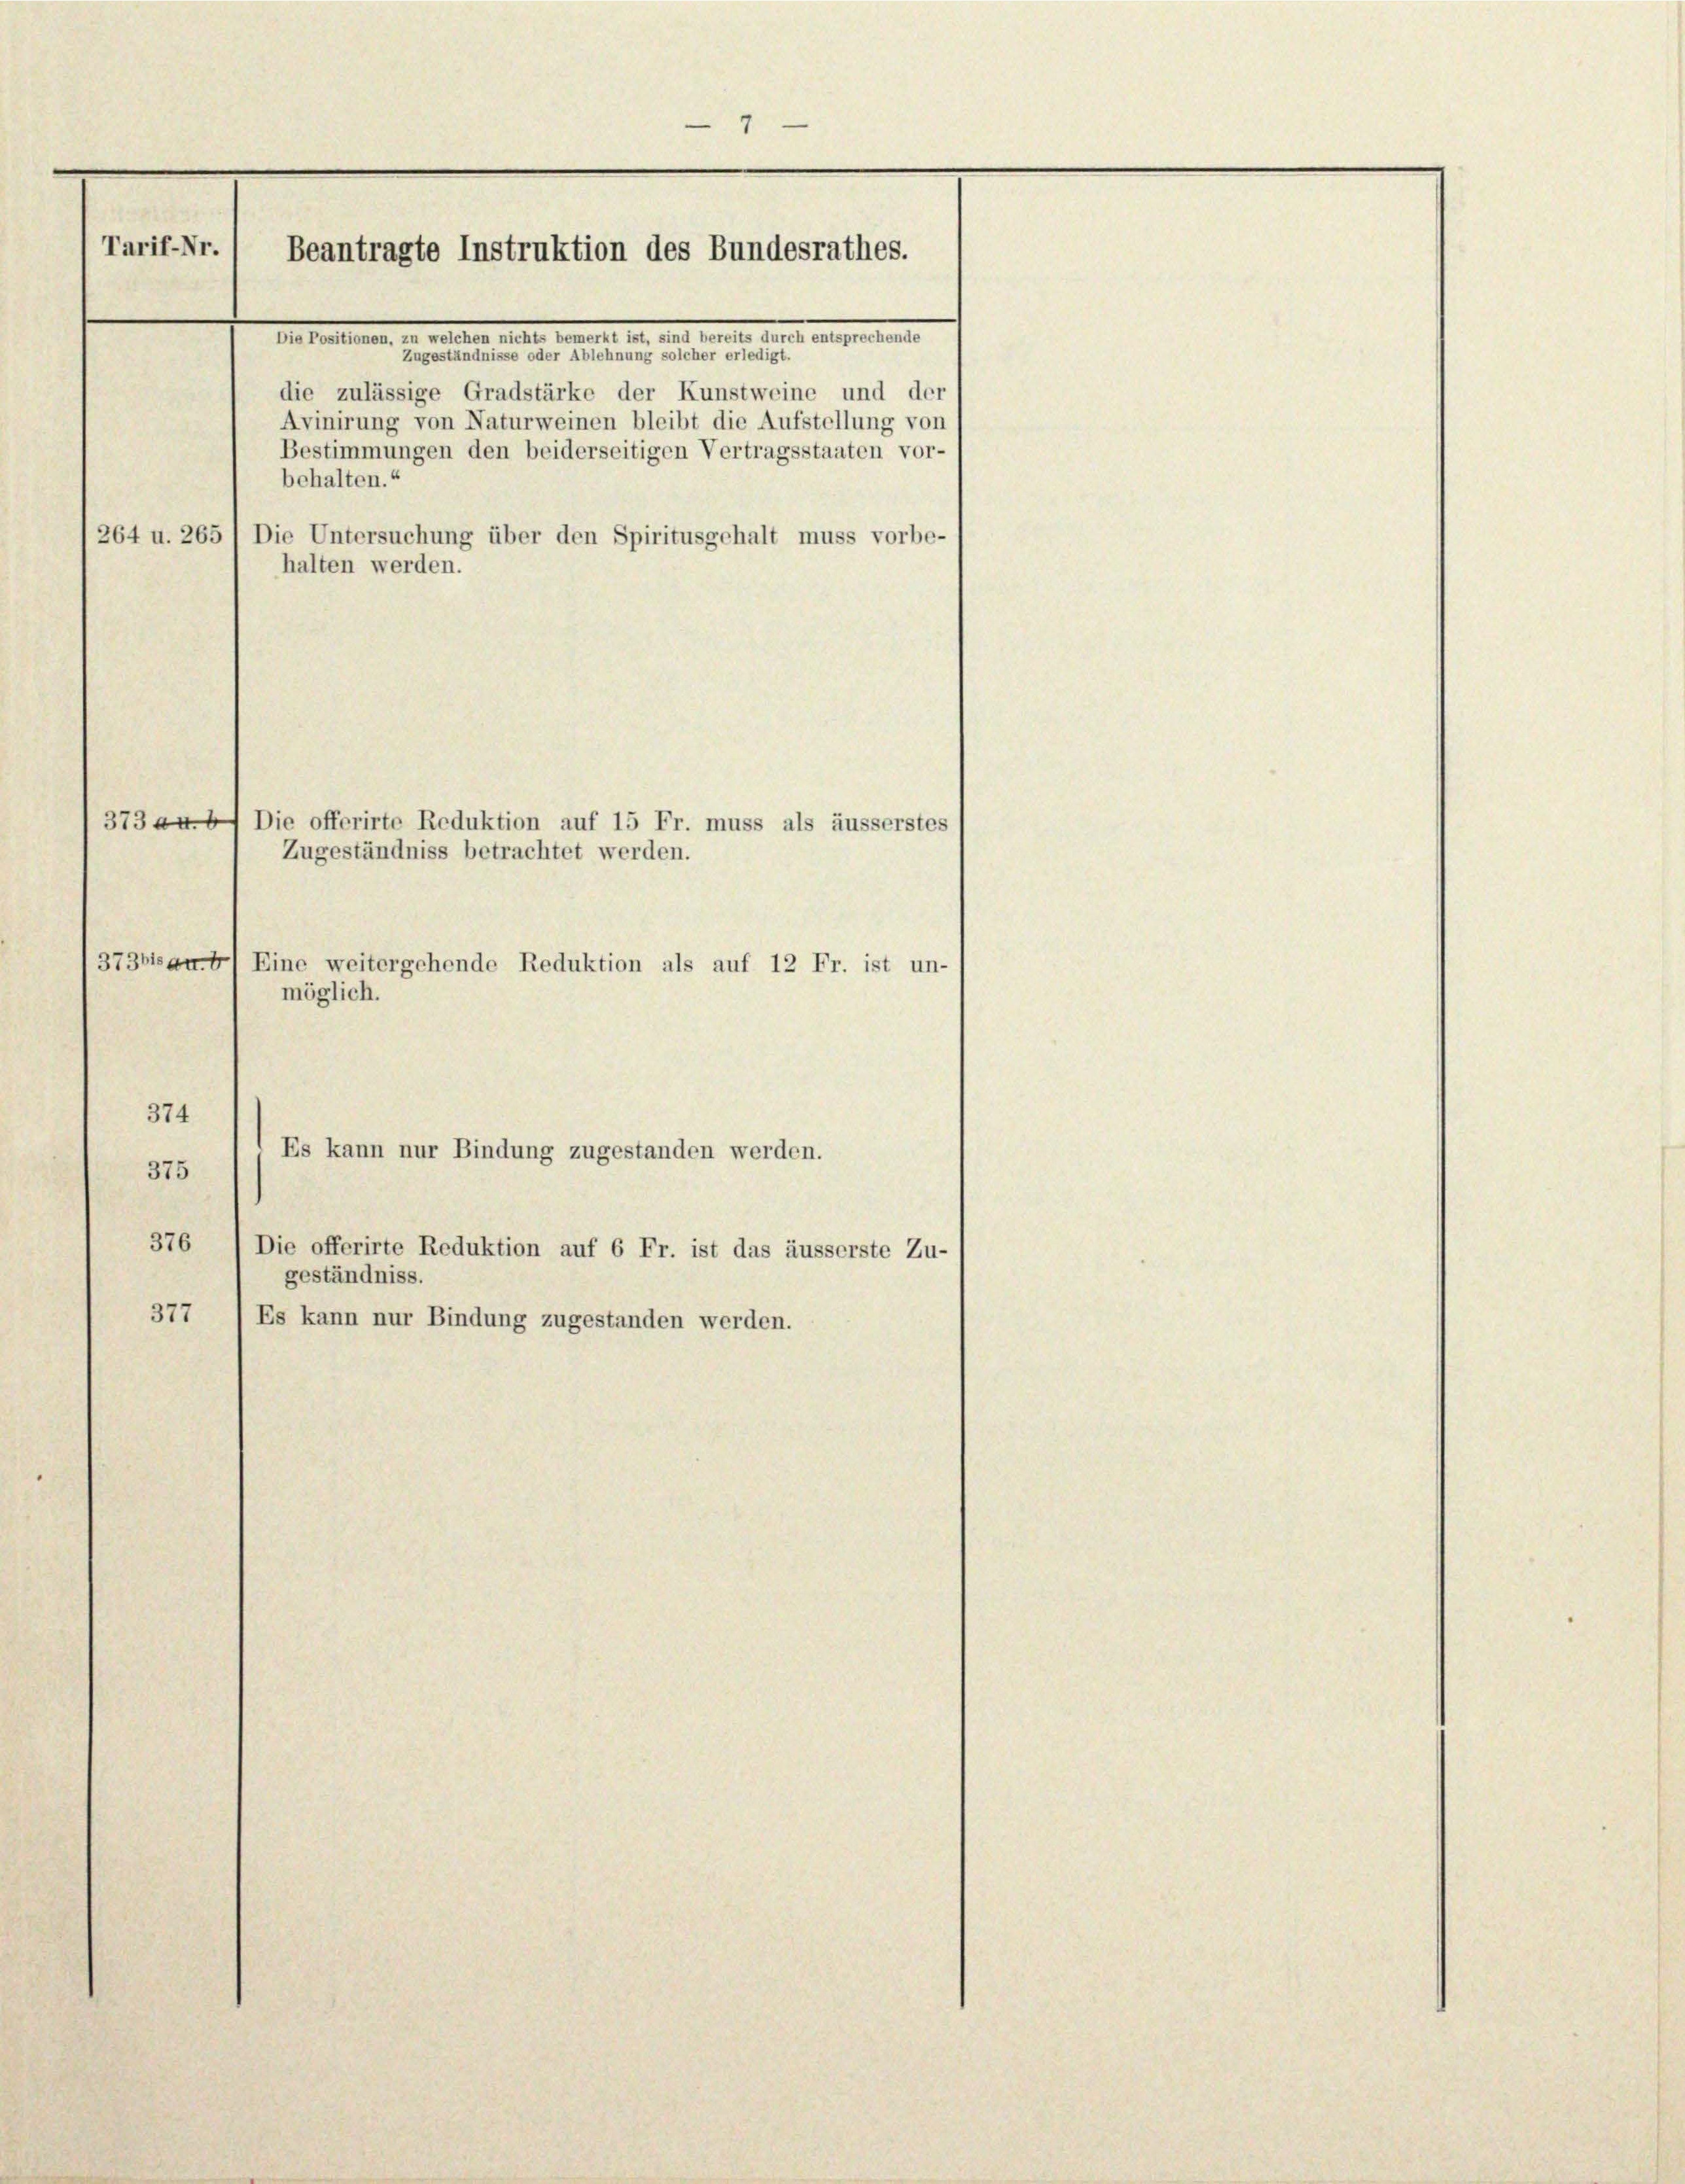
9
Tarif-Nr.
Beantragte Instruktion des Bundesrathes.
.

die zulässige Gradstärke der Kunstweine und der
Avinirung von Naturweinen bleibt die Aufstellung von
Bestimmungen den beiderseitigen Vertragsstaaten vor-
behalten.“
264 u. 265) Die Untersuchung über den Spiritusgehalt muss vorbe-
halten werden.
3734) Die offerirte Reduktion auf 15 Fr. muss als äusserstes
Zugeständniss betrachtet werden.
373 an Eine weitergehende Reduktion als auf 12 Fr. ist un-
möglich.
374
Es kann nur Bindung zugestanden werden.
375
376
Die offerirte Reduktion auf 6 Fr. ist das äusserste Zu-
geständniss.
377 Es kann nur Bindung zugestanden werden.